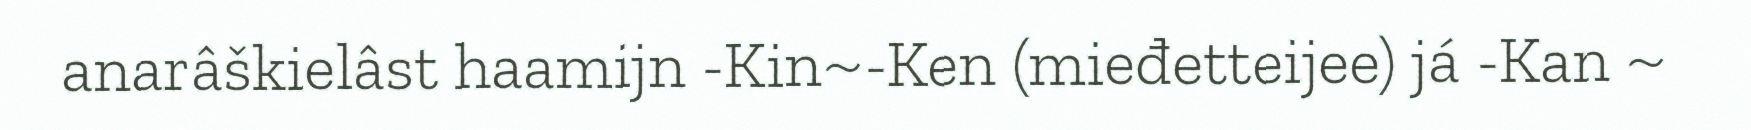
anarâškielâst haamijn -Kin~-Ken (mieđetteijee) já -Kan ~